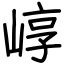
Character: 崞